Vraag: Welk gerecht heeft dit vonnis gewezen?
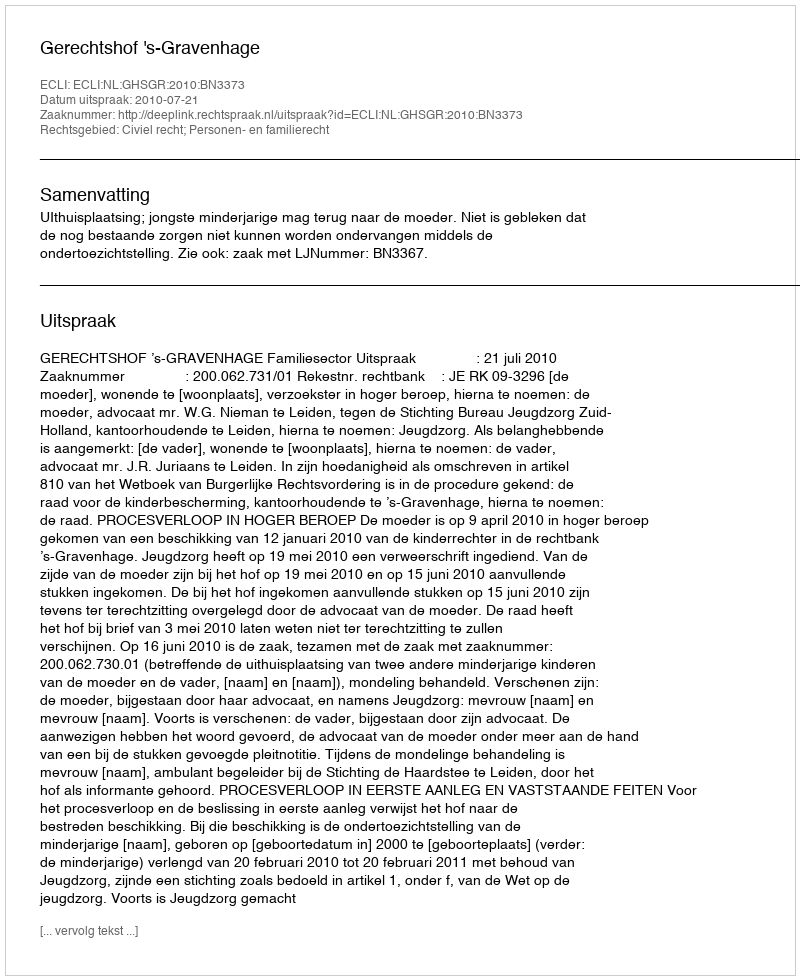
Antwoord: Gerechtshof 's-Gravenhage